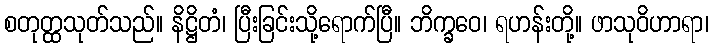
စတုတ္ထသုတ်သည်။ နိဋ္ဌိတံ၊ ပြီးခြင်းသို့ရောက်ပြီ။ ဘိက္ခဝေ၊ ရဟန်းတို့။ ဖာသုဝိဟာရာ၊